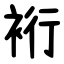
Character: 裄